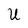
Character: U